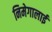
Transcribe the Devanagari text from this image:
निमेगालाई